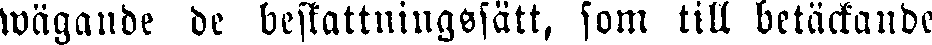
wägande de beskattningssätt, som till betäckande